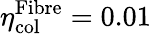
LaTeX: \eta_{\textrm{col}}^{\textrm{Fibre}}=0.01